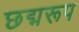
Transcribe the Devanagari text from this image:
छद्मरूप